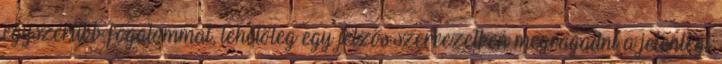
egyszerűbb fogalommal, lehetőleg egy jelzős szerkezetben megragadni a jelenlegi